Annual report of the Central Committee of the Association together with the report of the directors of the Pasteur Institute at Kasauli
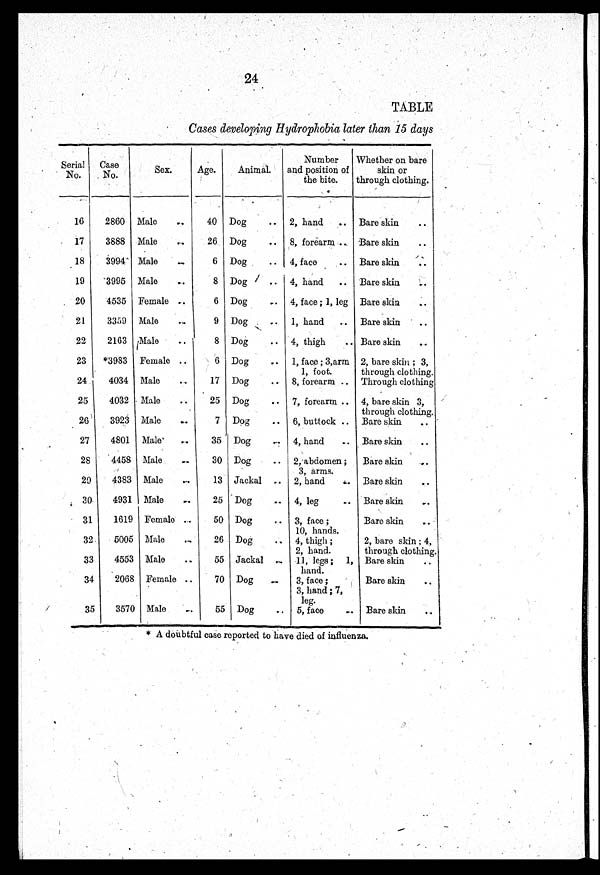
24
TABLE
Cases developing Hydrophobia later than 15 days
Serial
No.
Case
No.
Sex.
Age.
Animal.
Number
and position of
the bite.
Whether on bare
skin or
through clothing.
16
2860 Male
. . 40 Dog
.. 2, hand .. Bare skin
..
17
3888 Male
..
26 Dog
.. 8, forearm .. Bare skin
..
18
3994 Male
. .
6 Dog
.. 4, face
.. Bare skin
..
19
3995 Male
. .
8 Dog
. .
4, hand .. Bare skin
..
20
4535 Female
. .
6 Dog
.. 4, face ; 1, leg Bare skin
..
21
3359 Male
. .
9 Dog
. .
1, hand .. Bare skin
..
22
2163 Male
..
8 Dog
.. 4, thigh
.. Bare skin
..
23 *3983 Female
. .
6 Dog
.. 1, face ; 3,arm
1, foot.
2, bare skin ; 3,
through clothing.
24
4034 Male
..
17 Dog
.. 8, forearm .. Through clothing
25
4032 Male
. .
25 Dog
. .
7, forearm .. 4, bare skin 3
through clothing .
26
3923 Male
. .
7 Dog
. .
6, buttock .. Bare skin
..
27
4801 Male
..
35 Dog
. .
4, hand
.. Bare skin
..
28
4458 Male
. .
30 Dog
.. 2, abdomen ;
3, arms.
Bare skin
..
29
4383 Male
. .
13 Jackal .. 2, hand
Bare skin
..
30
4931 Male
. .
25 Dog
. .
4, leg
.. Bare skin
..
31
1619 Female
. .
50 Dog
. .
3, face
10, hands.
Bare skin
..
32
5005 Male
. .
26 Dog
. .
4, thigh ;
2, hand.
2, bare skin ; 4,
through clothing.
33
4553 Male
. .
55 Jackal
. .
11, legs ; 1,
hand.
Bare skin
..
34
2068 Female . .
70 Dog
. .
3, face ;
3, hand ; 7,
leg.
Bare skin
..
35
3570 Male
. .
55 Dog
.. 5, face
... Bare skin
..
* A doubtful case reported to have died of influenza.